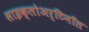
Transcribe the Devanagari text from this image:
साइक्लोअर्टिनॉल